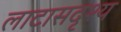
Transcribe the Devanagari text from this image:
लाटासदृश्य